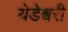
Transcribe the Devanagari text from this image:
येडेश्वरी